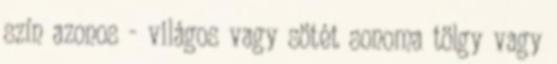
szín azonos - világos vagy sötét sonoma tölgy vagy